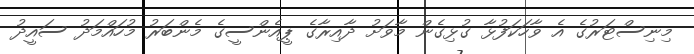
މިނިސްޓަރުގެ އެ ވާހަކަފުޅާ ގުޅިގެން މާވަށު ދާއިރާގެ ޕީއެންސީގެ މެންބަރު މުހައްމަދު ސައީދު